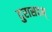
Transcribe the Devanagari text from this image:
दुरासदम्